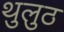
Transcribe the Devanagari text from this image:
थुलुठ